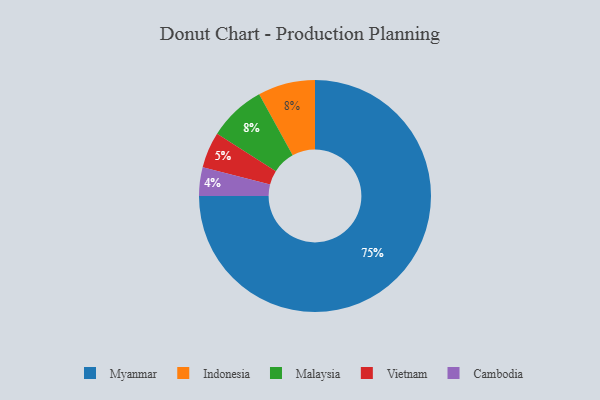
{"axis": {"x": "Category", "y": "Percentage"}, "legend": ["Cambodia", "Indonesia", "Malaysia", "Myanmar", "Vietnam"], "data": [{"x": "Indonesia", "y": 8, "type": "Indonesia"}, {"x": "Malaysia", "y": 8, "type": "Malaysia"}, {"x": "Vietnam", "y": 5, "type": "Vietnam"}, {"x": "Myanmar", "y": 75, "type": "Myanmar"}, {"x": "Cambodia", "y": 4, "type": "Cambodia"}]}